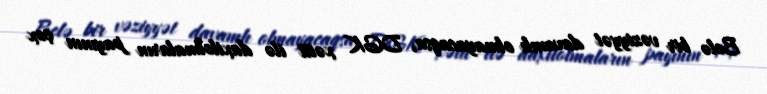
Belə bir vəziyyət davamlı olmayacaqsa, DGK xətti ilə daxilolmaların payının çox